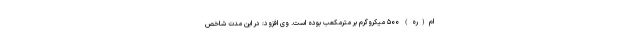
ام(ره) ۵۰۰ میکروگرم بر مترمکعب بوده است. وی افزود: در این مدت شاخص